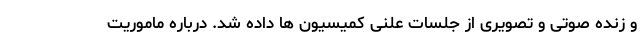
و زنده صوتی و تصویری از جلسات علنی کمیسیون ها داده شد. درباره ماموریت